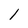
Character: 1